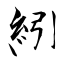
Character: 紖